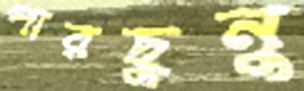
পারছুনু